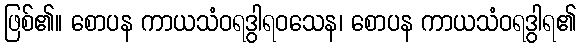
ဖြစ်၏။ စောပန ကာယသံဝရဒွါရဝသေန၊ စောပန ကာယသံဝရဒွါရ၏